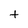
Character: t